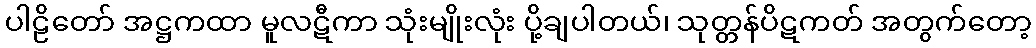
ပါဠိတော် အဋ္ဌကထာ မူလဋီကာ သုံးမျိုးလုံး ပို့ချပါတယ်၊ သုတ္တန်ပိဋကတ် အတွက်တော့